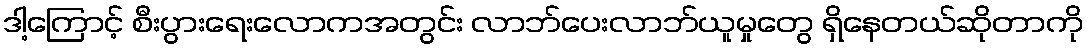
ဒါ့ကြောင့် စီးပွားရေးလောကအတွင်း လာဘ်ပေးလာဘ်ယူမှုတွေ ရှိနေတယ်ဆိုတာကို